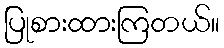
ပြုစားထားကြတယ်။